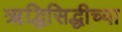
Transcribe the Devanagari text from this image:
ऋद्धिसिद्धीच्या